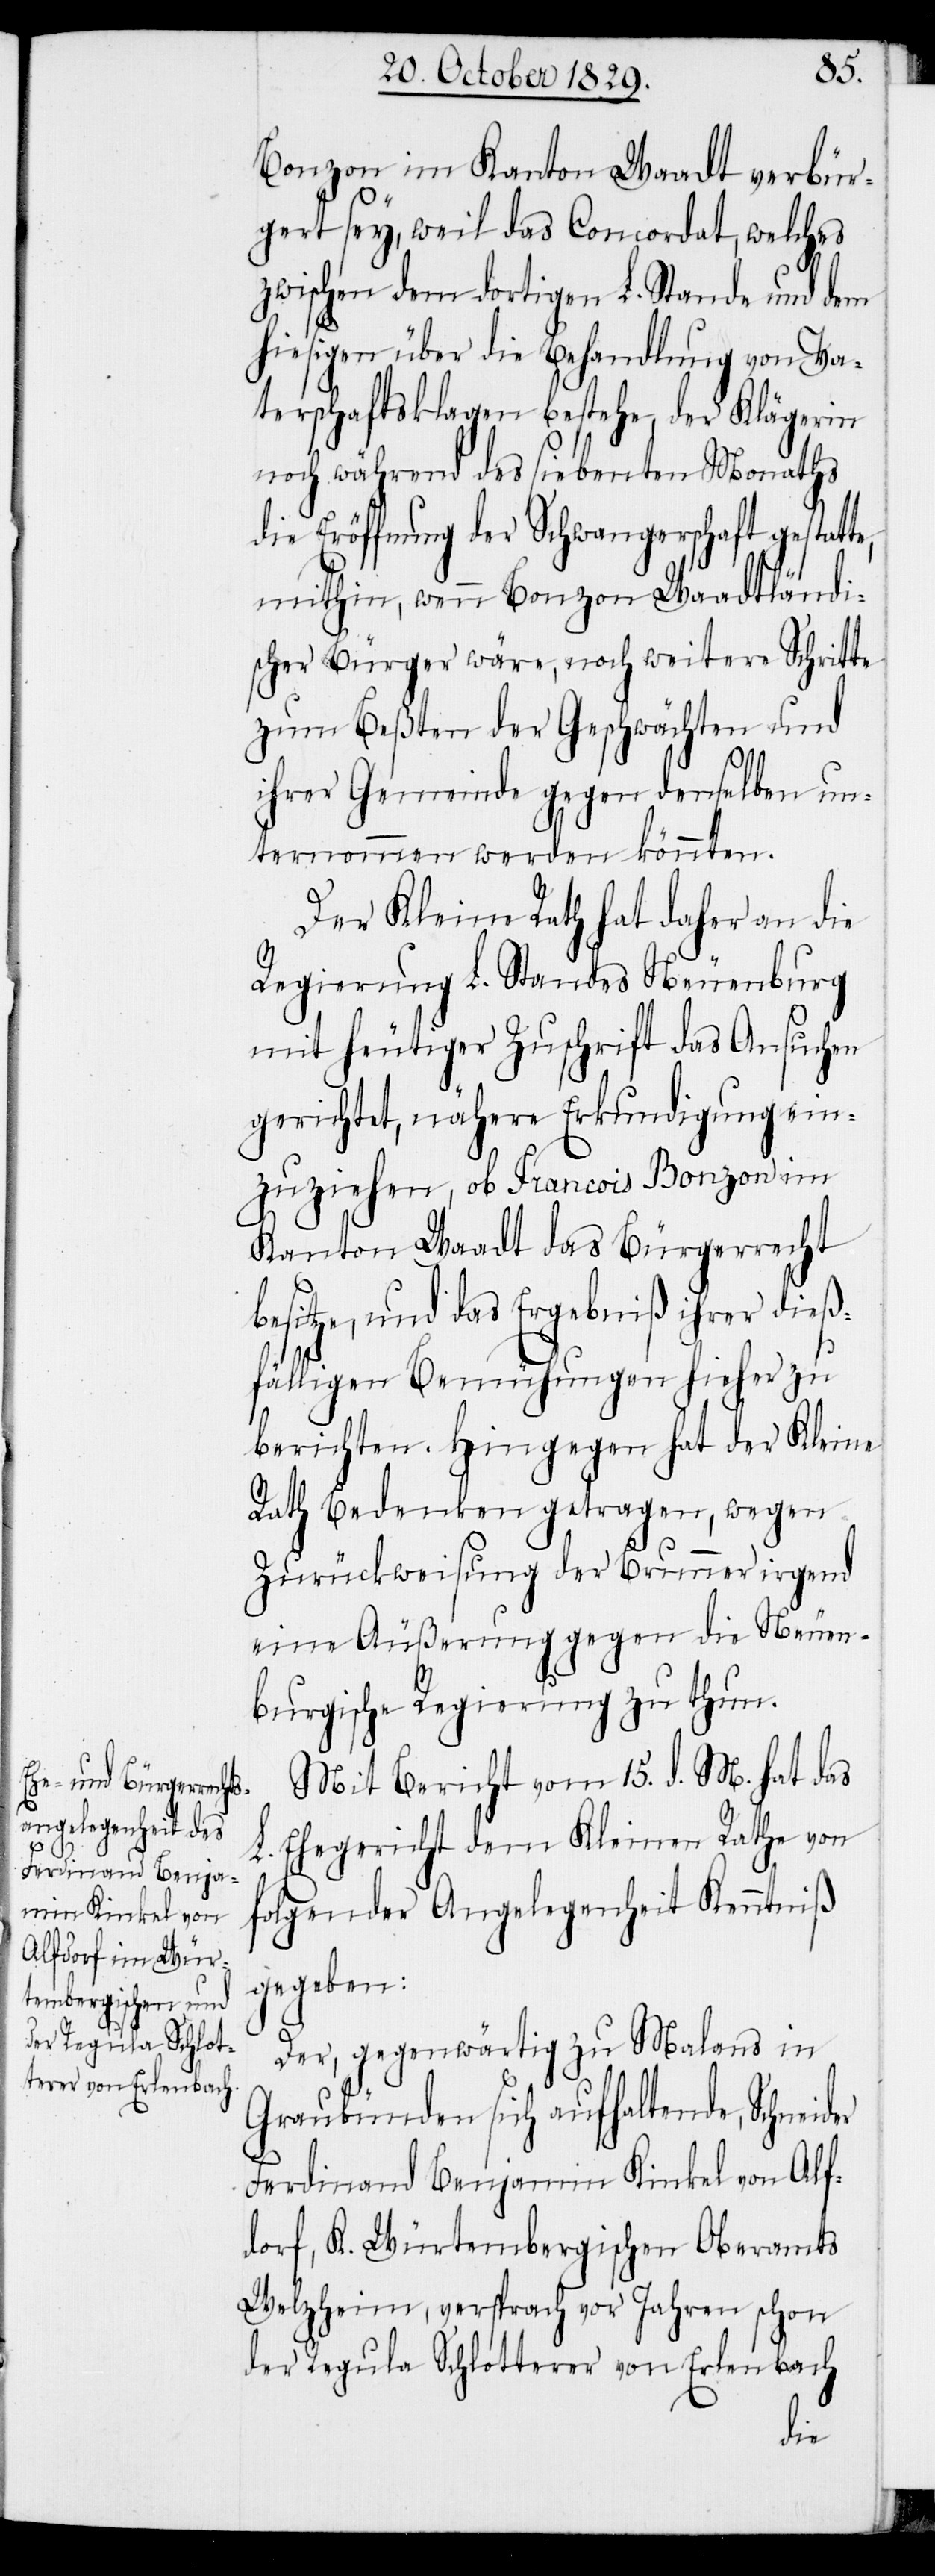
er

Bonzon im Kanton Waadt verbür¬
gert sey, weil das Concordat, welches
zwischen dem dortigen L. Stande und dem
hiesigen über die Behandlung von Va¬
terschaftsklagen bestehe, der Klägerin
noch während des siebenten Monaths
die Eröffnung der Schwangerschaft gestatt¬
mithin, wenn Bonzon Waadtländi¬
scher Bürger wäre, noch weitere Schritte
zum Beßten der Geschwächten und
ihrer Gemeinde gegen denselben un¬
ternommen werden könnten.
Der Kleine Rath hat daher an die
Regierung L. Standes Neuenburg
mit heutiger Zuschrift das Ansuchen
gerichtet, nähere Erkundigung ein¬
zuziehen, ob François Bonzon im
Kanton Waadt das Bürgerrecht
esitze, und das Ergebniß ihrer dieß¬
fälligen Bemühungen hieher zu
berichten. Hingegen hat der Kleine
Rath Bedenken getragen, wegen
Zurückweisung der Brunner irgend
eine Äußerung gegen die Neuen¬
burgische Regierung zu thun.
Mit Bericht vom 15. d. M. hat das
L. Ehegericht dem Kleinen Rathe von
folgender Angelegenheit Kenntniß
gegeben:
Der, gegenwärtig zu Malans in
Graubünden sich aufhaltende, Schneid¬
Ferdinand Benjamin Kinkel von Alf¬
dorf, K. Würtembergischen Oberamts
Welzheim, versprach vor Jahren schon
der Regula Schlotterer von Erlenbach